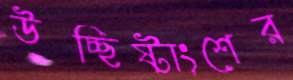
উচ্ছিষ্টাংশের